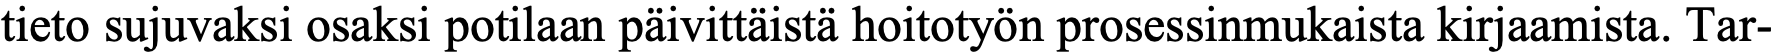
tieto sujuvaksi osaksi potilaan päivittäistä hoitotyön prosessinmukaista kirjaamista. Tar-